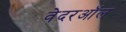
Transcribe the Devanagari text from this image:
वेदरऑल